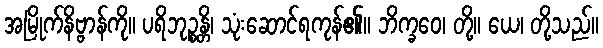
အမြိုက်နိဗ္ဗာန်ကို။ ပရိဘုဉ္စန္တိ၊ သုံးဆောင်ရကုန်၏။ ဘိက္ခဝေ၊ တို့။ ယေ၊ တို့သည်။